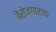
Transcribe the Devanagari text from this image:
बेरोजगारांचा